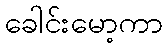
ခေါင်းမော့ကာ